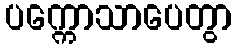
ပက္ကောသာပေတွာ